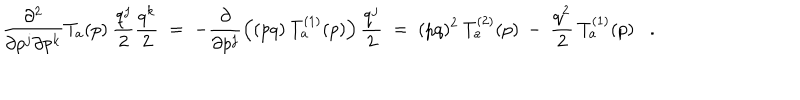
\frac { \partial ^ { 2 } } { \partial p ^ { j } \partial p ^ { k } } T _ { a } ( p ) \: \frac { q ^ { j } } { 2 } \frac { q ^ { k } } { 2 } \; = \; - \frac { \partial } { \partial p ^ { j } } \left( ( p q ) \: T _ { a } ^ { ( 1 ) } ( p ) \right) \frac { q ^ { j } } { 2 } \; = \; ( p q ) ^ { 2 } \: T _ { a } ^ { ( 2 ) } ( p ) \: - \: \frac { q ^ { 2 } } { 2 } \: T _ { a } ^ { ( 1 ) } ( p ) .